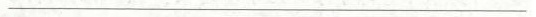
___